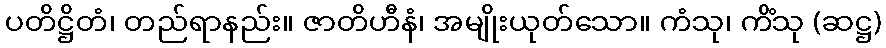
ပတိဋ္ဌိတံ၊ တည်ရာနည်း။ ဇာတိဟီနံ၊ အမျိုးယုတ်သော။ ကံသု၊ ကိံသု (ဆဋ္ဌ)